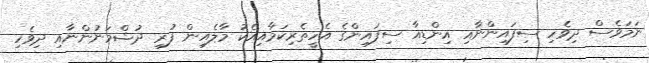
ނަމަވެސް ދިވެހި ސިފައިންނާއި އިންޑިއާ ސިފައިންގެ އެހީތެރިކަމާއިއެކު މާލެއިން ފުރި ދުޝްމަނުންނާއި ދިވެހި